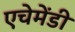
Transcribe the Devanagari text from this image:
एचेमेंडी